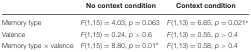
<table><thead><tr><td></td><td><b>No context condition</b></td><td><b>Context condition</b></td></tr></thead><tbody><tr><td>Memory type</td><td><i>F</i>(1,15) = 4.03, <i>p</i> = 0.063</td><td><i>F</i>(1,13) = 6.65, <i>p</i> = 0.021<sup>∗</sup></td></tr><tr><td>Valence</td><td><i>F</i>(1,15) = 0.24, <i>p</i> &gt; 0.6</td><td><i>F</i>(1,13) = 0.55, <i>p</i> &gt; 0.4</td></tr><tr><td>Memory type × valence</td><td><i>F</i>(1,15) = 8.80, <i>p</i> = 0.01<sup>∗</sup></td><td><i>F</i>(1,13) = 0.58, <i>p</i> &gt; 0.4</td></tr></tbody></table>